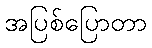
အပြစ်ပြောတာ